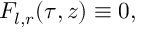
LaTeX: F _ { l , r } ( \tau , z ) \equiv 0 ,